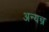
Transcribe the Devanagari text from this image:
अन्यन्त्र